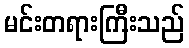
မင်းတရားကြီးသည်